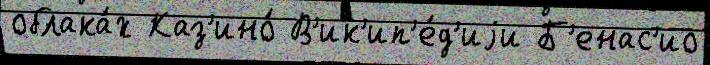
облака́х Каз'ино́ В'ик'ип'е́д'иjи Б'енас'ио